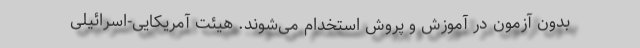
بدون آزمون در آموزش و پروش استخدام می‌شوند. هیئت آمریکایی-اسرائیلی